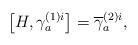
LaTeX: \begin{align*}\left[ H,\gamma _{a}^{(1)i}\right] =\overline{\gamma }_{a}^{(2)i},\end{align*}